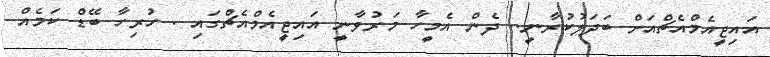
އައިޖީއެމްއެޗްއަށް ބަދަލުކުރާނީ.. ދެން އެމީހާ މަރުވާނީ އައިޖީއެމްއެޗްގައި . ހުރިހާ ބޭޑް ކަމެއް